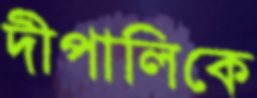
দীপালিকে